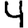
Digit: 4